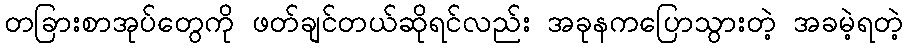
တခြားစာအုပ်တွေကို ဖတ်ချင်တယ်ဆိုရင်လည်း အခုနကပြောသွားတဲ့ အခမဲ့ရတဲ့